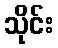
သိုင်း